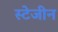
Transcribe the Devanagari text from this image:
स्टेजीन